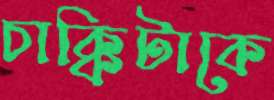
চাক্কিটাকে